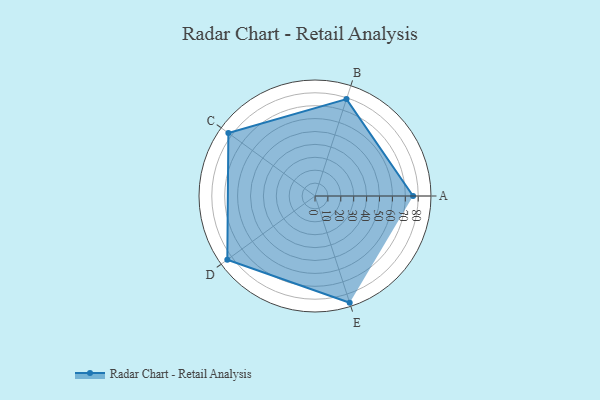
{"axis": {"x": "Skill", "y": "Score"}, "legend": ["Profile"], "data": [{"x": "A", "y": 76.0, "type": "Profile"}, {"x": "B", "y": 79.0, "type": "Profile"}, {"x": "C", "y": 83.0, "type": "Profile"}, {"x": "D", "y": 84.0, "type": "Profile"}, {"x": "E", "y": 87.0, "type": "Profile"}]}